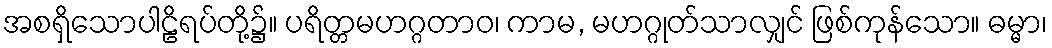
အစရှိသောပါဠိရပ်တို့၌။ ပရိတ္တမဟဂ္ဂတာဝ၊ ကာမ, မဟဂ္ဂုတ်သာလျှင် ဖြစ်ကုန်သော။ ဓမ္မာ၊